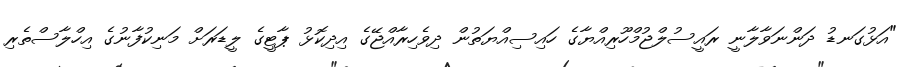
"އަޅުގަނޑު ދަންނަވާލާނީ ރައީސުލްޖުމްހޫރިއްޔާގެ ހައިސިއްޔަތުން ދިވެހިރާއްޖޭގެ އިދިކޮޅު ޕާޓީގެ ލީޑަރަށް މަނިކުފާނުގެ އިހްލާސްތެރި